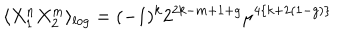
\langle X _ { 1 } ^ { n } X _ { 2 } ^ { m } \rangle _ { l o g } = ( - 1 ) ^ { k } 2 ^ { 2 k - m + 1 + g } \mu ^ { 4 \{ k + 2 ( 1 - g ) \} }